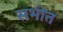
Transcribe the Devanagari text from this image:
सभीत